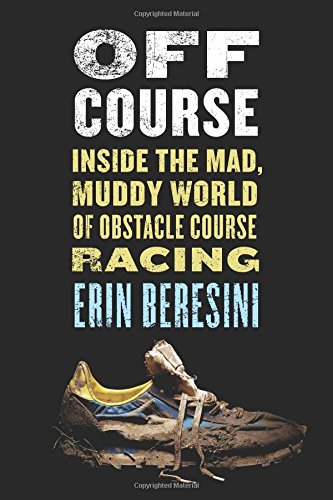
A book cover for Off Course: Inside the Mad, Muddy World of Obstacle Course Racing; Erin Beresini; Sports & Outdoors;